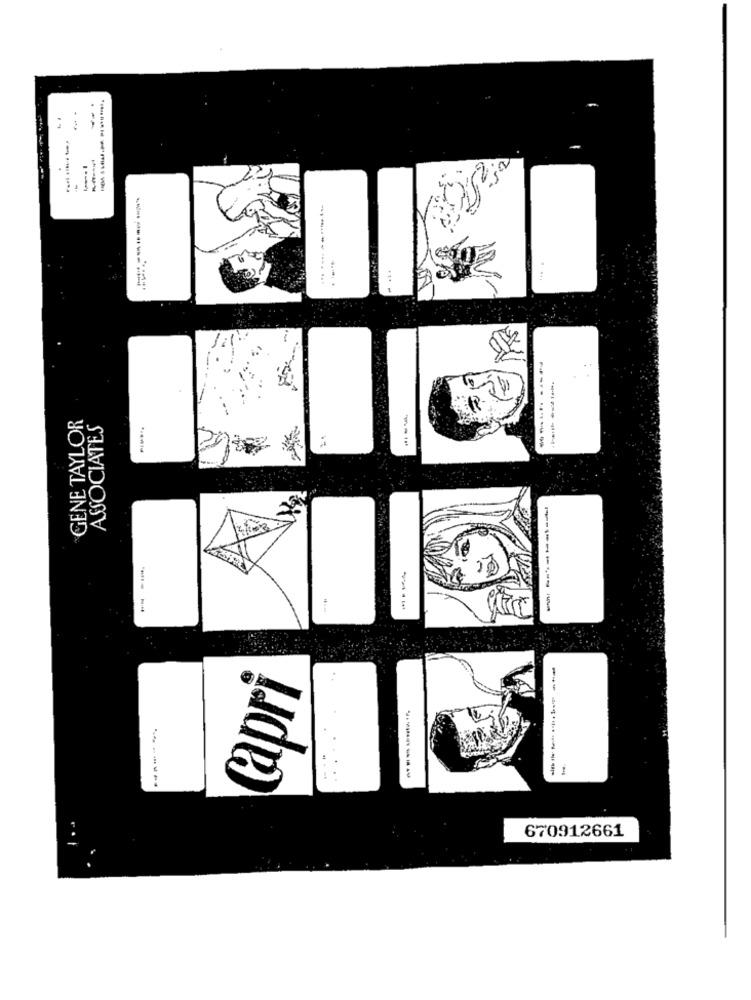
--.
-..............
....
-------
......
GENE TAYLOR
ASSOCIATES
----
---------
--------
---
--------- --
capri
..
--
---
670912661